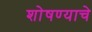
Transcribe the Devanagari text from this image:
शोषण्याचे